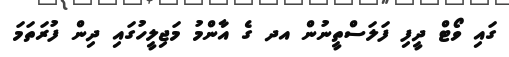
ގައި ވޯޓް ދީފި ފަލަސްތީނުން އދ ގެ އާންމު މަޖިލީހުގައި ދިން ފުރަތަމަ